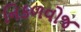
નિકળવોજ